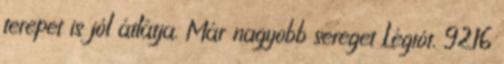
terepet is jól átlátja. Már nagyobb sereget Légiót, 9216